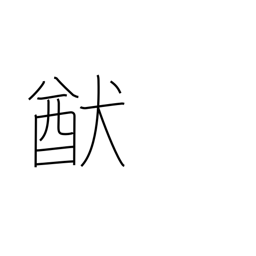
Meaning: way